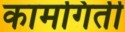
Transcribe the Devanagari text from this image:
कामगिती